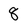
Character: 8